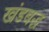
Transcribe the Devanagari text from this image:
खंडबद्ध